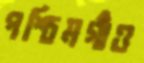
পশ্চিমগাঁও